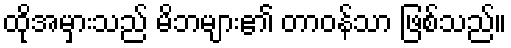
ထိုအမှားသည် မိဘများ၏ တာဝန်သာ ဖြစ်သည်။